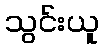
သွင်းယူ